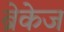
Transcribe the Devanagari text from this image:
ब्रेकेज